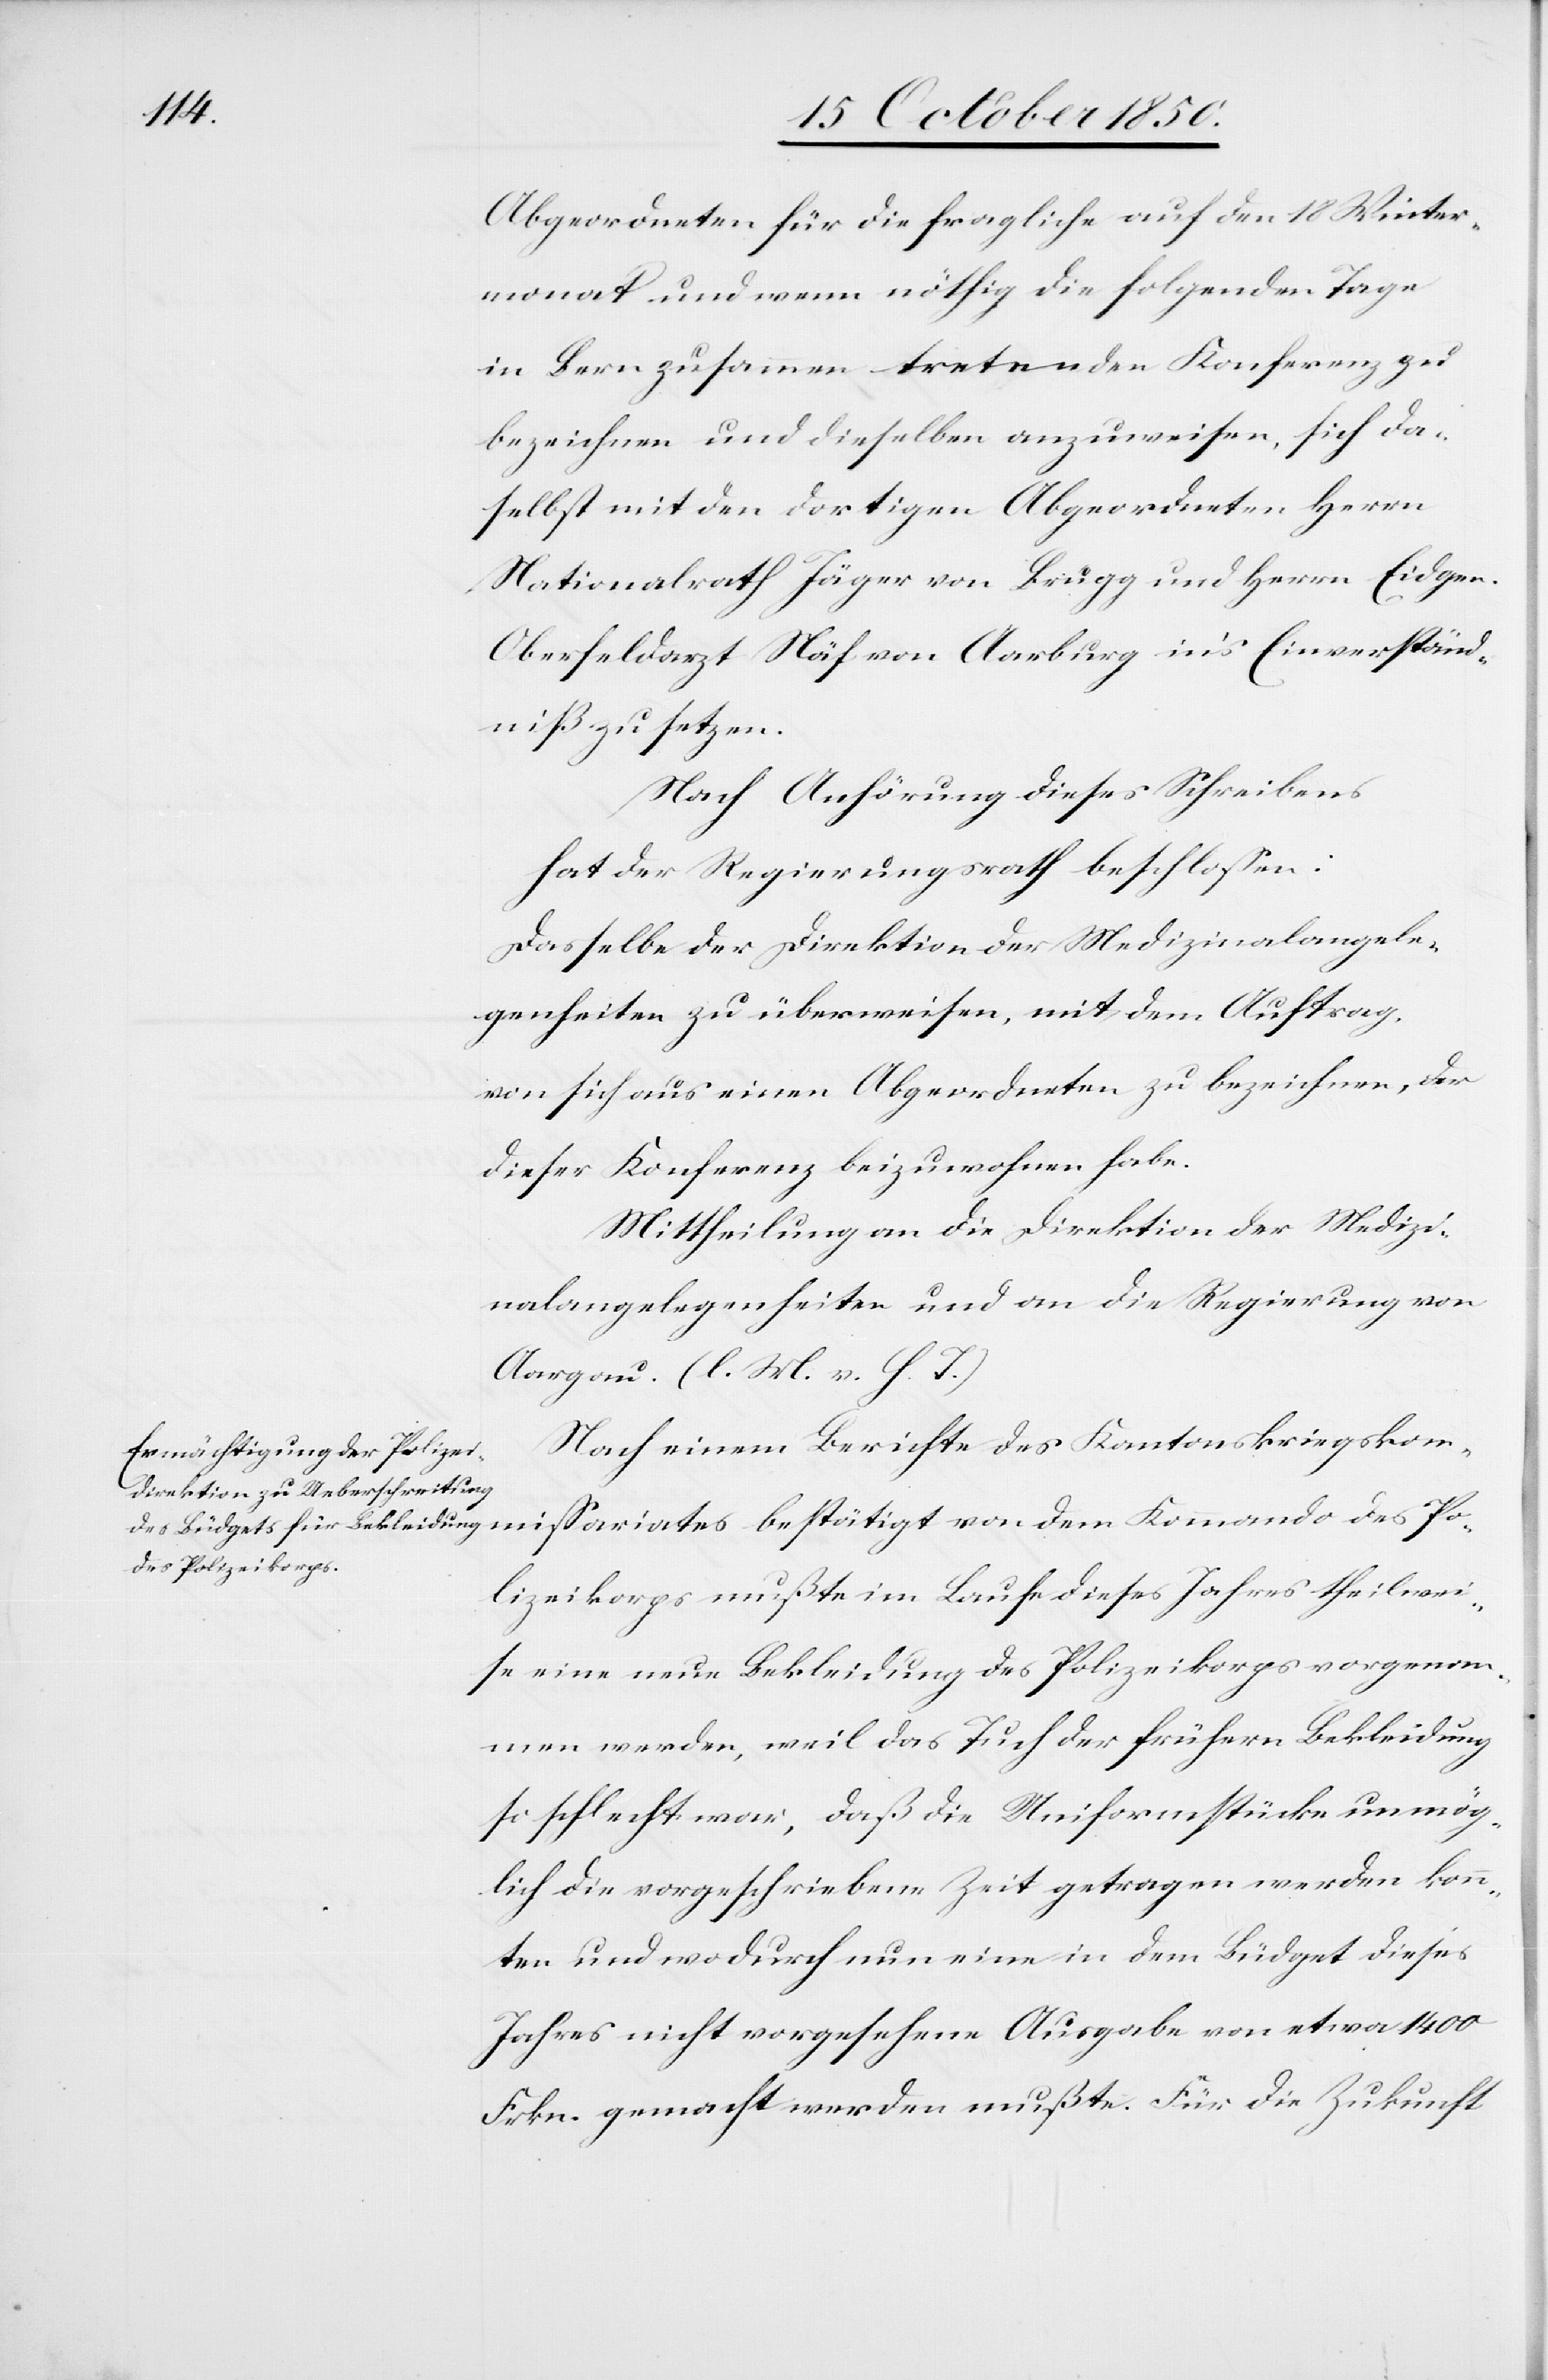
Abgeordneten für die fragliche auf den 18 Winter¬
monat und wenn nöthig die folgenden Tage
in Bern zusammen tretenden Konferenz zu
bezeichnen und dieselben anzuweisen, sich da¬
selbst mit den dortigen Abgeordneten Herrn
Nationalrath Jäger von Brügg und Herrn Eidgen.
Oberfeldarzt Näf von Aarburg in’s Einverständ¬
niß zu setzen.
Nach Anhörung dieses Schreibens
hat der Regierungsrath beschlossen:
Dasselbe der Direktion der Medizinalangele¬
genheiten zu überweisen, mit dem Auftrag,
von sich aus einen Abgeordneten zu bezeichnen, der
dieser Konferenz beizuwohnen habe.
Mittheilung an die Direktion der Medizi¬
nalangelegenheiten und an die Regierung von
Aargau. (l. M. v. h. T.)
Nach einem Berichte des Kantonskriegskom¬
missariates bestätigt von dem Kommando des Po¬
lizeikorps mußte im Laufe dieses Jahres theilwei¬
se eine neue Bekleidung des Polizeikorps vorgenom¬
men werden, weil das Tuch der frühern Bekleidung
so schlecht war, daß die Uniformstücke unmög¬
lich die vorgeschriebene Zeit getragen werden konn¬
ten und wodurch nun eine in dem Büdget dieses
Jahres nicht vorgesehene Ausgabe von etwa 1400
Frkn. gemacht werden mußte. Für die Zukunft